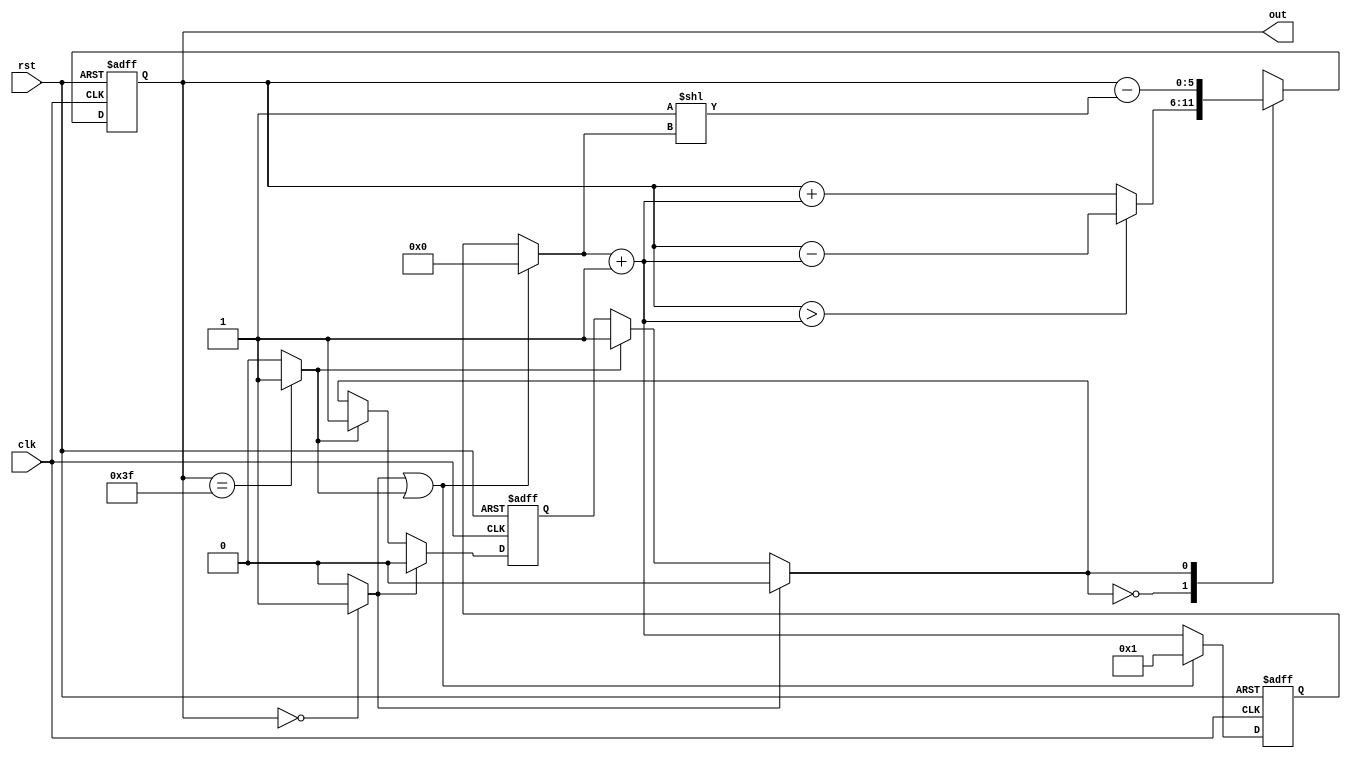
`timescale 1ns/100ps
module lab2_1(
    input clk,
    input rst,
    output reg [5:0] out);
    parameter INC = 1'b0;
    parameter DEC = 1'b1;
    reg state, state_next, state_now;
    reg [5:0] cnt, cnt_next, cnt_now;
    reg [5:0] out_next;
    wire out_equal_0, out_equal_63;

    // FF update
    always @(posedge clk, posedge rst) begin
        if(rst) begin
            state <= INC;
            cnt <= 0;
            out <= 0;
        end
        else begin
            state <= state_next;
            cnt <= cnt_next;
            out <= out_next;
        end
    end
    // out_equal_0
    assign out_equal_0 = (out==6'd0)?1:0;
    // out_equal_63
    assign out_equal_63 = (out==6'd63)?1:0;
    // state_now
    always @* begin
        state_now = state;
        if(out_equal_0) state_now = INC;
        else if(out_equal_63) state_now = DEC;
    end
    // cnt_now
    always @* begin
        cnt_now = cnt;
        if(out_equal_0 || out_equal_63) cnt_now = 6'd0;
    end
    // state_next
    always @* begin
        state_next = state_now;
        if(out_equal_0) state_next = INC;
        else if(out_equal_63) state_next = DEC;
    end
    // cnt_next
    always @* begin
        cnt_next = cnt_now+1'b1;
        if(out_equal_0 || out_equal_63) cnt_next = 6'd1;
    end
    // out_next
    always @* begin
        case(state_now)
            INC: begin
               if(out > (cnt_now+1'b1)) out_next = out-(cnt_now+1'b1); 
               else out_next = out+(cnt_now+1'b1);
            end
            DEC: begin
                out_next = out-(6'd1<<cnt_now);
            end
        endcase
    end
endmodule